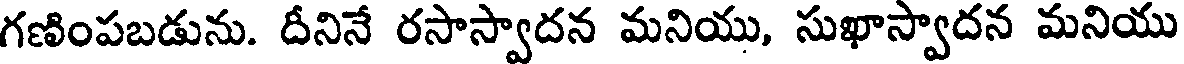
గణింపబడును. దీనినే రసాస్వాదన మనియు, సుఖాస్వాదన మనియు